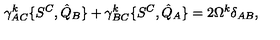
\gamma _ { A C } ^ { k } \{ S ^ { C } , { \hat { Q } } _ { B } \} + \gamma _ { B C } ^ { k } \{ S ^ { C } , { \hat { Q } } _ { A } \} = 2 \Omega ^ { k } \delta _ { A B } ,